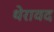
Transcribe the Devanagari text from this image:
थेरावद